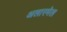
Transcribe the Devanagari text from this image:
अलारमेल